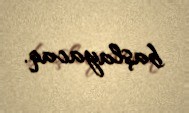
başlayacaq.